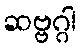
ဆဗ္ဗဂ္ဂါ